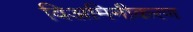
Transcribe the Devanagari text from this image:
विअमिनीकरण